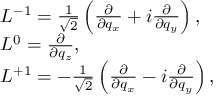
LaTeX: \begin{array} { l } { { { \cal L } ^ { - 1 } = \frac { 1 } { \sqrt { 2 } } \left( \frac { \partial } { \partial q _ { x } } + i \frac { \partial } { \partial q _ { y } } \right) , } } \\ { { { \cal L } ^ { 0 } = \frac { \partial } { \partial q _ { z } } , } } \\ { { { \cal L } ^ { + 1 } = - \frac { 1 } { \sqrt { 2 } } \left( \frac { \partial } { \partial q _ { x } } - i \frac { \partial } { \partial q _ { y } } \right) , } } \end{array}